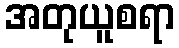
အတုယူစရာ